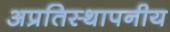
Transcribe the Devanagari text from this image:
अप्रतिस्थापनीय